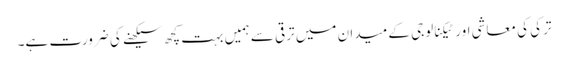
ترکی کی معاشی اور ٹیکنالوجی کے میدان میں ترقی سے ہمیں بہت کچھ سیکھنے کی ضرورت ہے۔